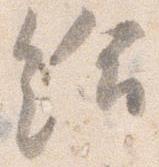
給